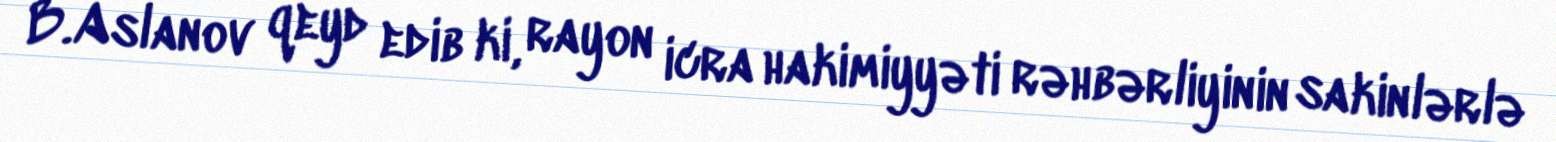
B.Aslanov qeyd edib ki, rayon icra hakimiyyəti rəhbərliyinin sakinlərlə